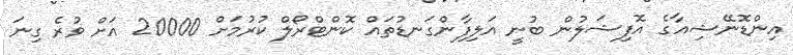
އިންޑޮނޭޝިއާގެ އޮފިޝަލުން ބުނީ އަލިފާންގަނޑުތައް ކޮންޓްރޯލް ކުރުމަށް 20000 އަށް ވުރެ ގިނަ